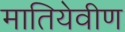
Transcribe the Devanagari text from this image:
मातियेवीण